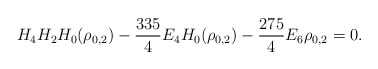
\begin{align*}H_4H_2H_0(\rho_{0,2})-\frac{335}4 E_4H_0(\rho_{0,2})-\frac{275}4E_6\rho_{0,2}=0.\end{align*}